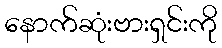
နောက်ဆုံးဗားရှင်းကို